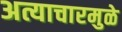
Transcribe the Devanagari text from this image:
अत्याचारमुळे